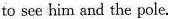
to see him and the pole.